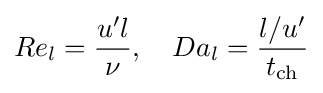
Re_{l}={\frac {u'l}{\nu }},\quad Da_{l}={\frac {l/u'}{t_{\mathrm {ch} }}}